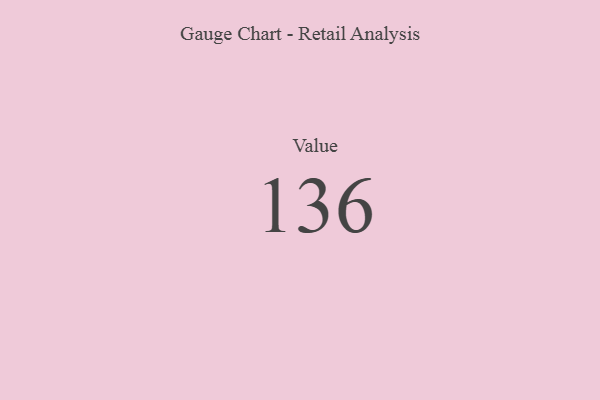
{"axis": {"x": "Metric", "y": "Value"}, "legend": [""], "data": [{"x": "Value", "y": 136, "type": ""}]}